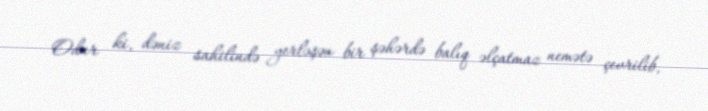
Odur ki, dəniz sahilində yerləşən bir şəhərdə balıq əlçatmaz nemətə çevrilib,